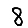
Digit: 8